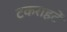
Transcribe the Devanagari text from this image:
टकराहटें